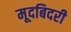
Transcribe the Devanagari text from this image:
मूदबिदरी